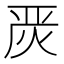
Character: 𭴪